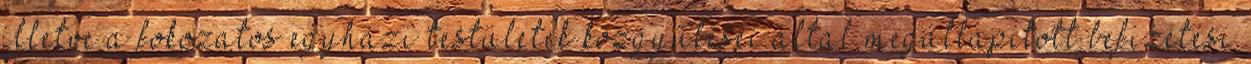
illetve a fokozatos egyházi testületek közgyűlései által megállapított befizetési